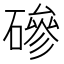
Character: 磣